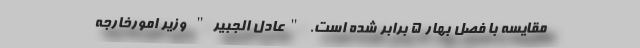
مقایسه با فصل بهار 5 برابر شده است. "عادل الجبیر" وزیر امورخارجه